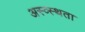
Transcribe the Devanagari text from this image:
अस्व्स्थता